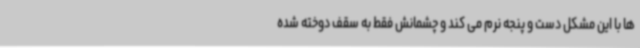
ها با این مشکل دست و پنجه نرم می کند و چشمانش فقط به سقف دوخته شده